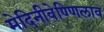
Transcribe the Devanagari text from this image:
मेदिनीवेण्णिलाव